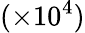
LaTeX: (\times 10^{4})